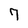
Character: 7